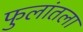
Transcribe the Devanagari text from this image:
फुलांतला